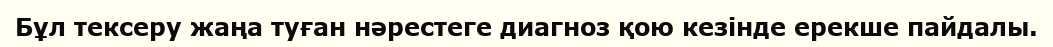
Бұл тексеру жаңа туған нәрестеге диагноз қою кезінде ерекше пайдалы.